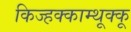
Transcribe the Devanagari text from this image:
किज्हक्काम्थूक्कू